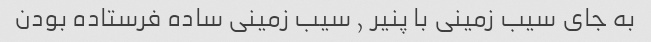
به جای سیب زمینی با پنیر , سیب زمینی ساده فرستاده بودن